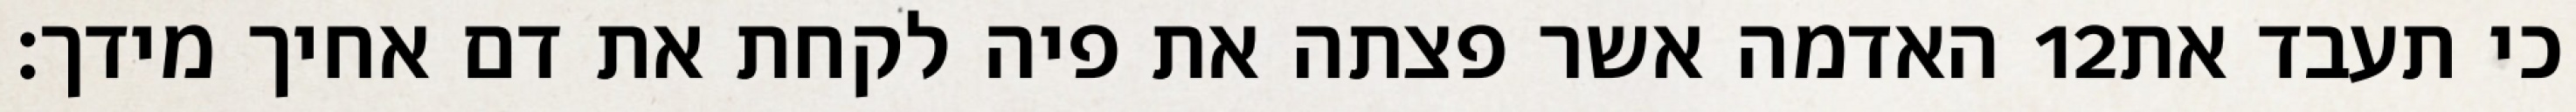
האדמה אשר פצתה את פיה לקחת את דם אחיך מידך׃ ‎12‏ כי תעבד את